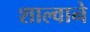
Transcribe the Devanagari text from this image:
शाल्वाने